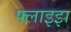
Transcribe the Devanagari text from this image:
फ्लाइझ